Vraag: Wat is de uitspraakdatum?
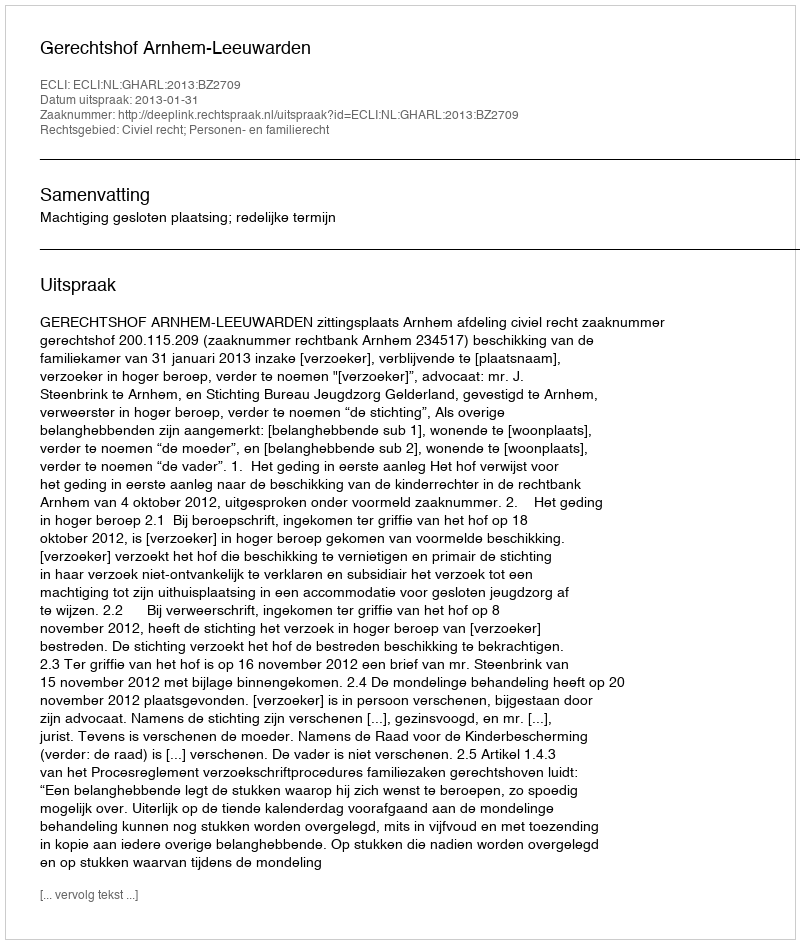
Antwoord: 2013-01-31